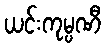
ယင်းကုမ္ပဏီ